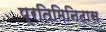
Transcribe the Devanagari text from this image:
प्रतिमिनिटास